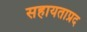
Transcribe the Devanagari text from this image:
सहायताप्रद